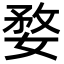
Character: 婺